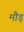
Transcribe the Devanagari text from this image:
मौड़